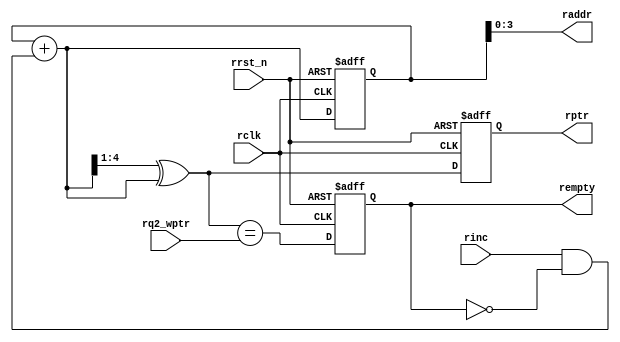
module rptr_empty #(parameter ADDRSIZE = 4)  
(
output reg                rempty,   
output     [ADDRSIZE-1:0] raddr,   
output reg [ADDRSIZE  :0] rptr,   
input      [ADDRSIZE  :0] rq2_wptr,   
input                     rinc, rclk, rrst_n);

reg  [ADDRSIZE:0] rbin;  
wire [ADDRSIZE:0] rgraynext, rbinnext;  

always @(posedge rclk or negedge rrst_n)    
    if (!rrst_n) 
        {rbin, rptr} <= 0;    
    else         
        {rbin, rptr} <= {rbinnext, rgraynext};  

assign raddr     = rbin[ADDRSIZE-1:0];  

assign rbinnext  = rbin + (rinc & ~rempty);  
assign rgraynext = (rbinnext>>1) ^ rbinnext;  

assign rempty_val = (rgraynext == rq2_wptr);  

always @(posedge rclk or negedge rrst_n)    
    if (!rrst_n) 
        rempty <= 1'b1;    
    else         
        rempty <= rempty_val;

endmodule